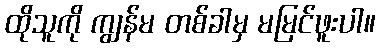
ထိုသူကို ကျွန်မ တစ်ခါမှ မမြင်ဖူးပါ။